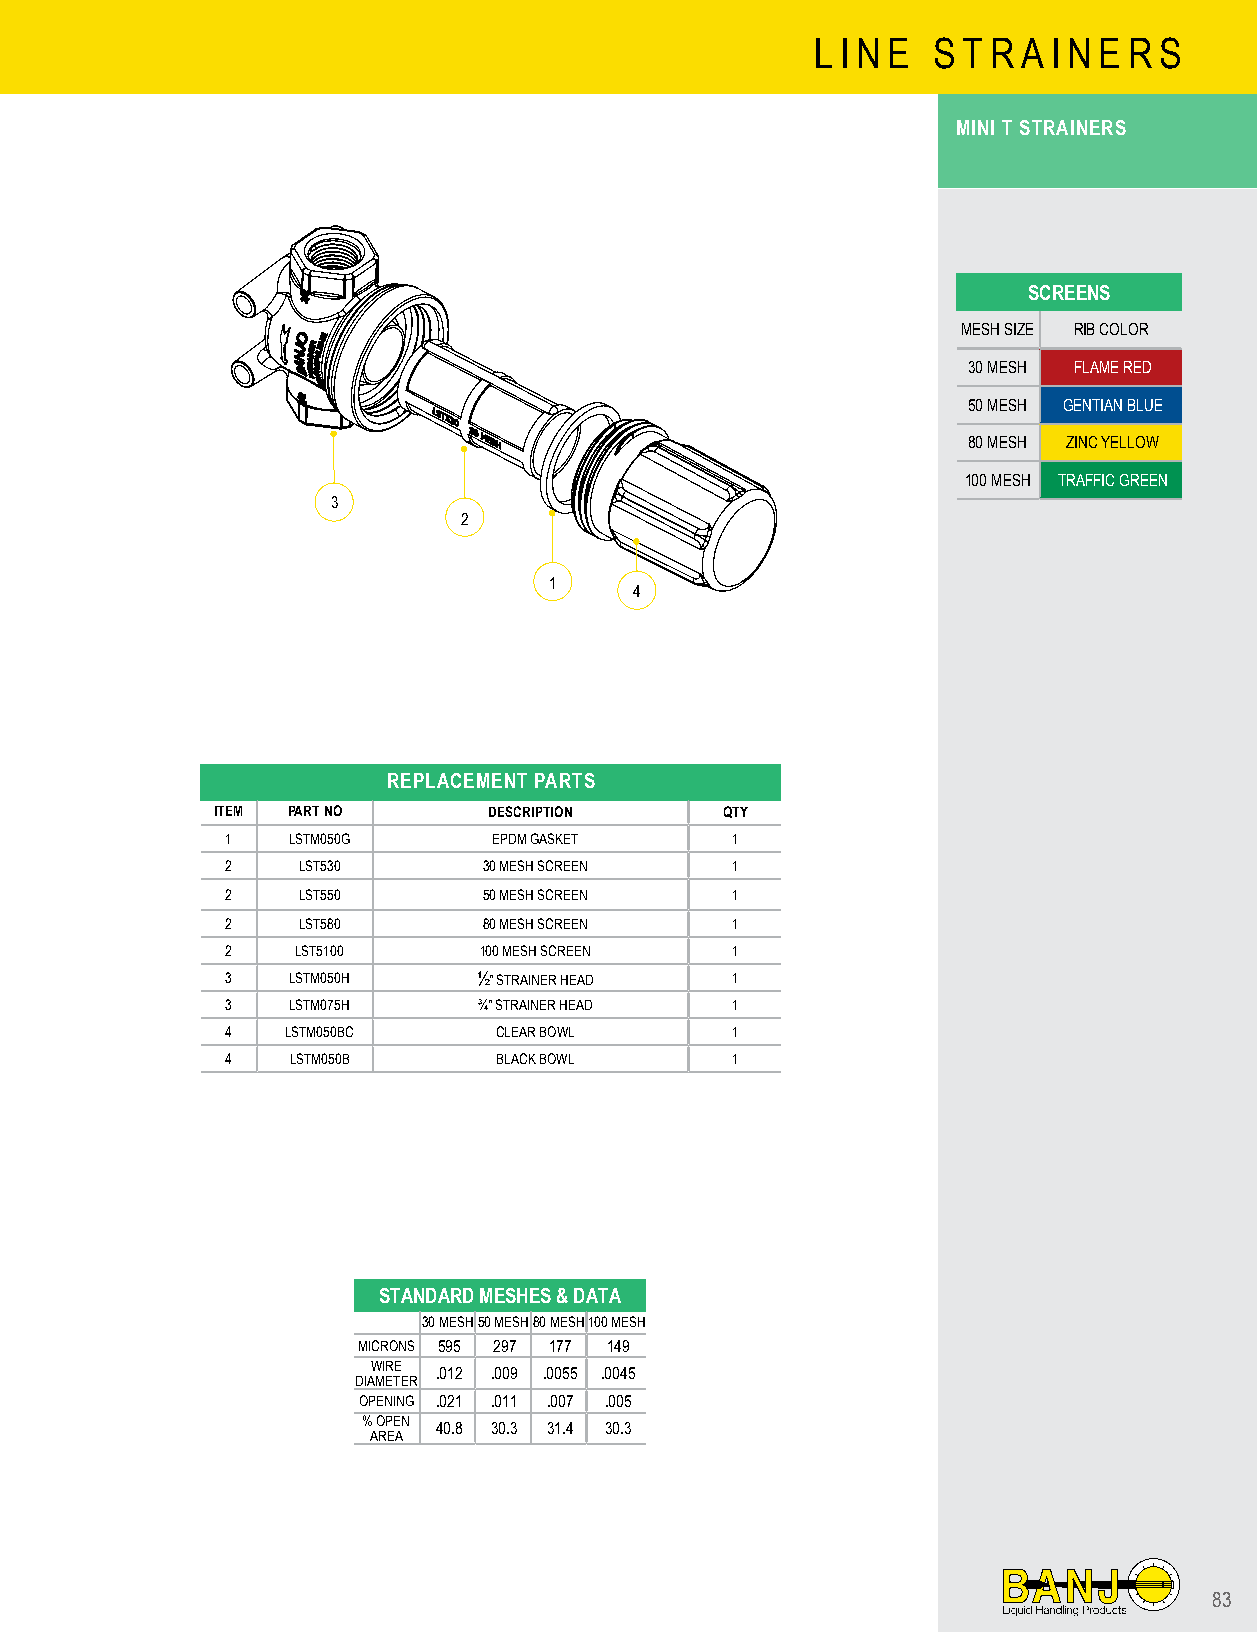
L I N E S T R A I N E R S
 MINI T STRAINERS
 SCREENS
 MESH SIZE RIB COLOR
 30 MESH FLAME RED
 50 MESH GENTIAN BLUE
 80 MESH ZINC YELLOW
 100 MESH TRAFFIC GREEN
 3
 2
 1
 4
 REPLACEMENT PARTS
 ITEM PART NO      DESCRIPTION     QTY
 1   LSTM050G      EPDM GASKET    1
 2    LST530      30 MESH SCREEN  1
 2    LST550      50 MESH SCREEN  1
 2    LST580      80 MESH SCREEN  1
 2    LST5100     100 MESH SCREEN 1
 3   LSTM050H     ½" STRAINER HEAD 1
 3   LSTM075H     ¾" STRAINER HEAD 1
 4   LSTM050BC     CLEAR BOWL     1
 4   LSTM050B      BLACK BOWL     1
 STANDARD MESHES & DATA
 30 MESH50 MESH80 MESH100 MESH
 MICRONS 595 297 177 149
 WIRE
 .012 .009 .0055 .0045
 DIAMETER
 OPENING .021 .011 .007 .005
 % OPEN
 40.8 30.3 31.4 30.3
 AREA
 83